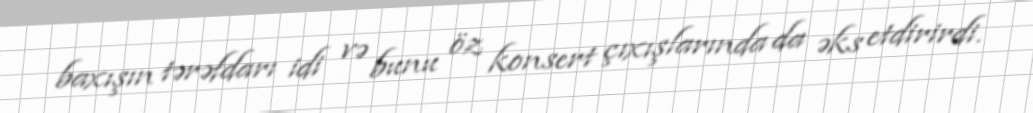
baxışın tərəfdarı idi və bunu öz konsert çıxışlarında da əks etdirirdi.